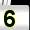
Digit: 5